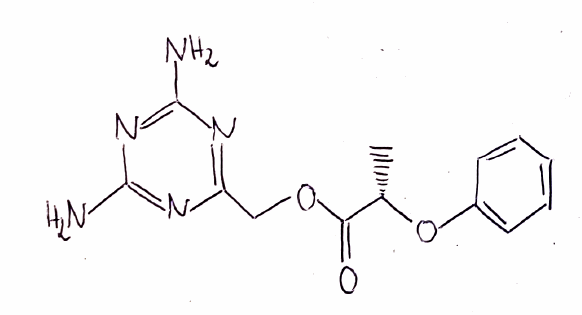
Simplified molecular-input line-entry system (SMILES) notation of the given molecule:
C[C@@H](C(=O)OCC1=NC(=NC(=N1)N)N)OC2=CC=CC=C2